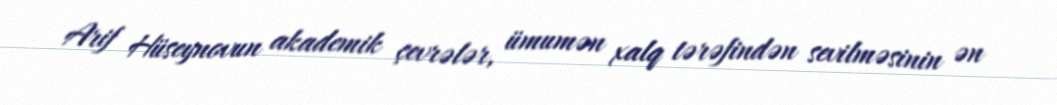
Arif Hüseynovun akademik çevrələr, ümumən xalq tərəfindən sevilməsinin ən